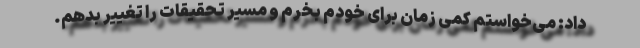
داد: می‌خواستم کمی زمان برای خودم بخرم و مسیر تحقیقات را تغییر بدهم.